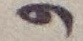
و